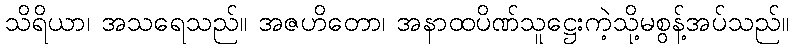
သိရိယာ၊ အသရေသည်။ အဇဟိတော၊ အနာထပိဏ်သူဋ္ဌေးကဲ့သို့မစွန့်အပ်သည်။